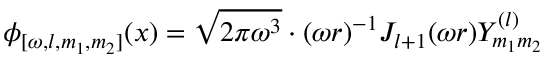
\phi _ { [ \omega , l , m _ { 1 } , m _ { 2 } ] } ( x ) = \sqrt { 2 \pi \omega ^ { 3 } } \cdot ( \omega r ) ^ { - 1 } J _ { l + 1 } ( \omega r ) Y _ { m _ { 1 } m _ { 2 } } ^ { ( l ) }